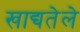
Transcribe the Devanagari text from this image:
खाद्यतेले